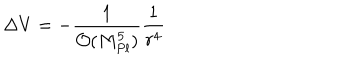
LaTeX: \Delta V = - { \frac { 1 } { { \mathcal { O } } ( M _ { P l } ^ { 5 } ) } } { \frac { 1 } { r ^ { 4 } } }